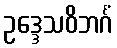
ဥဒ္ဒေသဝိဘင်္ဂံ